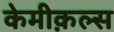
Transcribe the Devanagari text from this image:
केमीक़ल्स